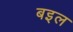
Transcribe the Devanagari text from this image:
बइल